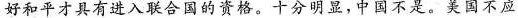
好和平才具有进入联合国的资格。十分明显，中国不是。美国不应